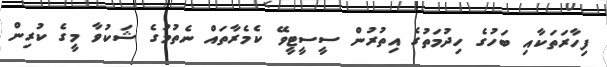
ފިހާރަތަކާއި ބަހުގެ ހިދުމަތުގެ އިތުރުން ސީސީޓީވޭ ކެމެރާތައް ނެތުމުގެ ޝަކުވާ މީގެ ކުރިން